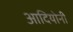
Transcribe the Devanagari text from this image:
आदियोनी